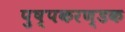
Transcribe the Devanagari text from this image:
पुष्पकरण्डक